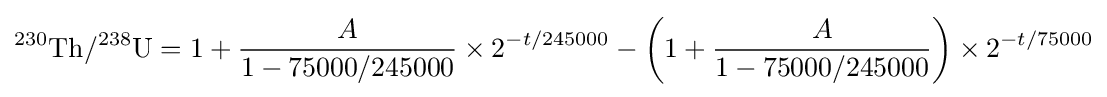
^{230}{\text{Th}}/^{238}{\text{U}}=1+{\frac {A}{1-75000/245000}}\times 2^{-t/245000}-\left(1+{\frac {A}{1-75000/245000}}\right)\times 2^{-t/75000}